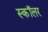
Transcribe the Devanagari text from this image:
स्‍कॉलर